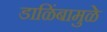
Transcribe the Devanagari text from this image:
डाळिंबामुळे